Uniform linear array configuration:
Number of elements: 8
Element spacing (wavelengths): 0.75
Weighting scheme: uniform
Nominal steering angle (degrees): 60
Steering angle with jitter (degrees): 61.925
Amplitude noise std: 0.05
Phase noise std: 0.05

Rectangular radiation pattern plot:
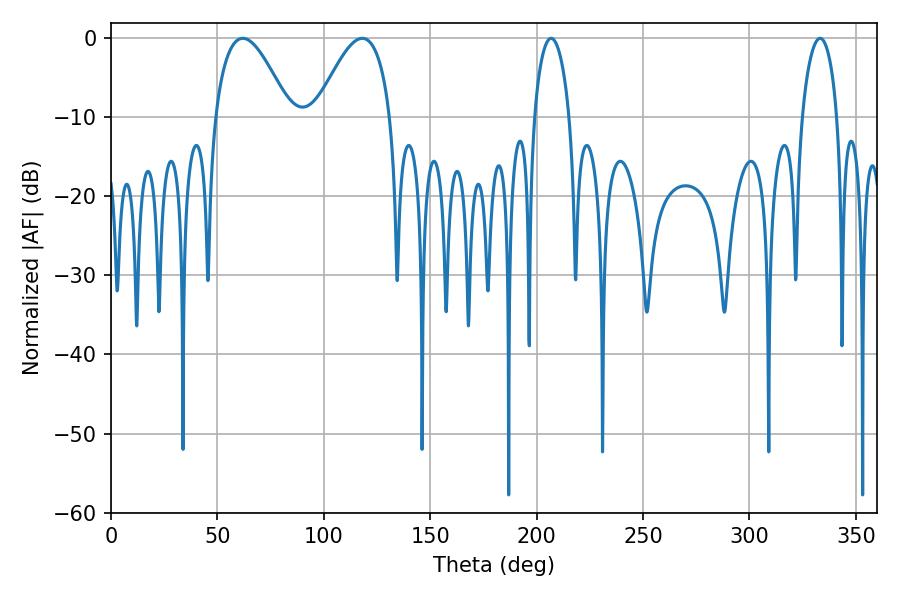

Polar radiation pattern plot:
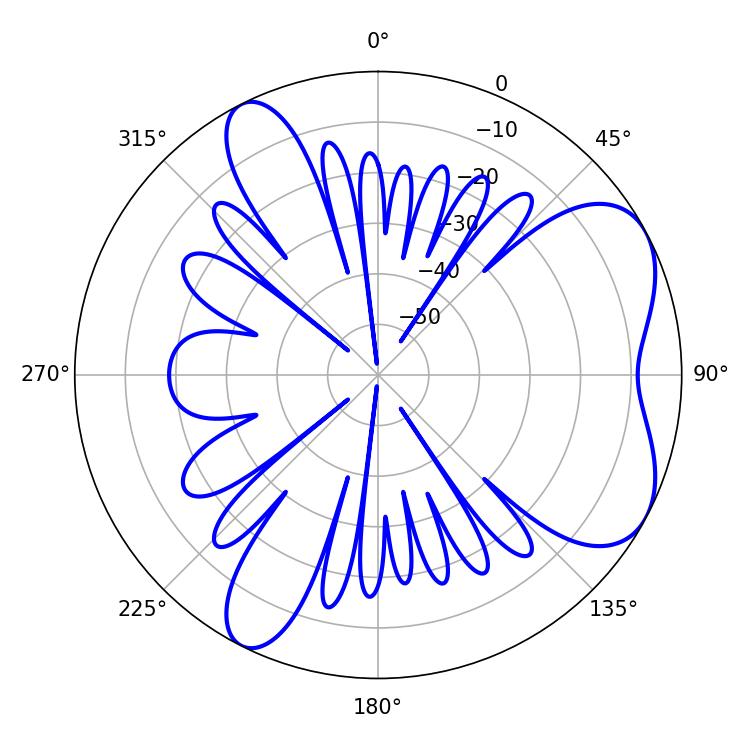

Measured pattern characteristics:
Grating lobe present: TRUE
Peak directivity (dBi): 6.067
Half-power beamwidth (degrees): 19.08
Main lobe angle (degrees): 61.92